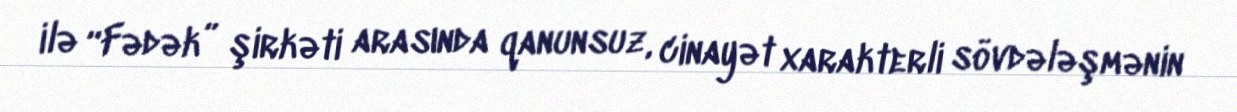
ilə “Fədək” şirkəti arasında qanunsuz, cinayət xarakterli sövdələşmənin